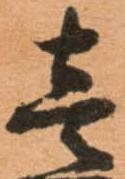
壱